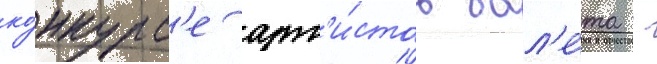
ко́нкурс'е арт'и́стов бал'е́та -